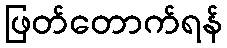
ဖြတ်တောက်ရန်